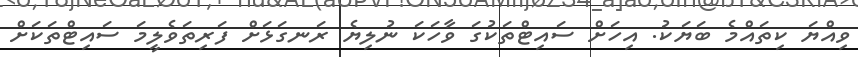
ވިއްޔަ ކިތައްމެ ބަޔަކު. އިހަށް ސައިޓްތަކުގަ ވާހަކަ ނުލިޔެ ރަނގަޅަށް ފަރިތަވެލީމަ ސައިޓްތަކަށް